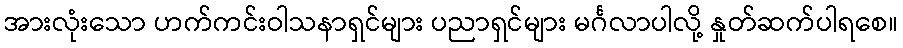
အားလုံးသော ဟက်ကင်းဝါသနာရှင်များ ပညာရှင်များ မင်္ဂလာပါလို့ နှုတ်ဆက်ပါရစေ။